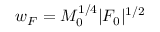
w _ { F } = M _ { 0 } ^ { 1 / 4 } | F _ { 0 } | ^ { 1 / 2 }